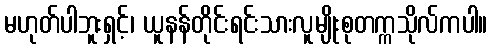
မဟုတ်ပါဘူးရှင့်၊ ယူနန်တိုင်းရင်းသားလူမျိုးစုတက္ကသိုလ်ကပါ။